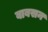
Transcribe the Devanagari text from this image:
बाबसन